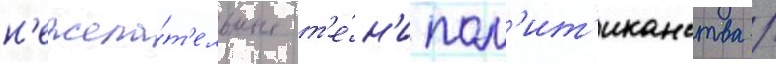
н'ежела́т'ельные т'е́н'и пол'ит'иканства /